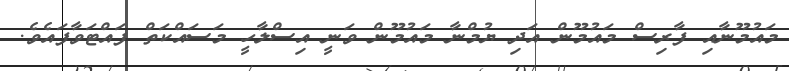
މައުމޫނާއި ފާރިސް މައުމޫން އަދި ޔުމްނާ މައުމޫން ވަނީ އިސްލާހީ މަސައްކަތް ފައްޓަވާފައެވެ.